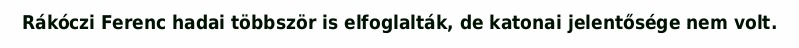
Rákóczi Ferenc hadai többször is elfoglalták, de katonai jelentősége nem volt.